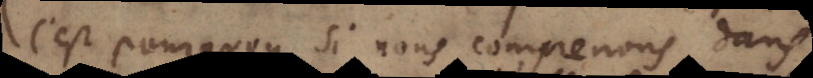
C’est pourquoy, si nous comprenons dans